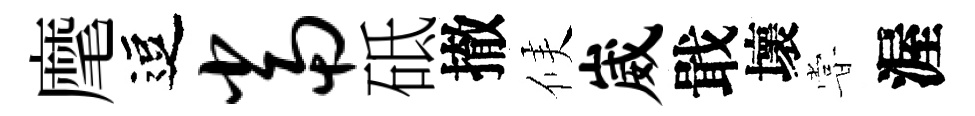
麾逗当砥撤候崴戢壞甞渥